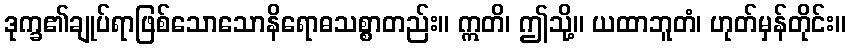
ဒုက္ခ၏ချုပ်ရာဖြစ်သောသောနိရောဓသစ္စာတည်း။ ဣတိ၊ ဤသို့။ ယထာဘူတံ၊ ဟုတ်မှန်တိုင်း။